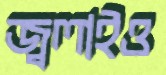
জ্বলাইও